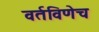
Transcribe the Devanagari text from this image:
वर्तविणेच